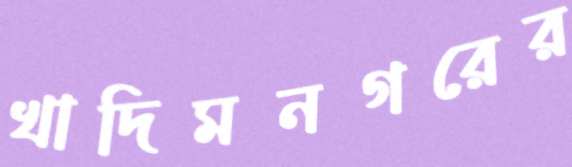
খাদিমনগরের